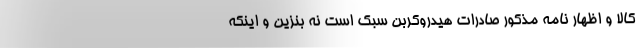
کالا و اظهار نامه مذکور صادرات هیدروکربن سبک است نه بنزین و اینکه